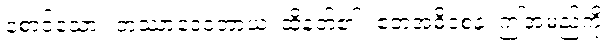
စောင့်သော။ တဿာဒေဝတာယ၊ ထိုနတ်၏။ ဧတံအဓိဝစနံ၊ ဤအမည်ကို။